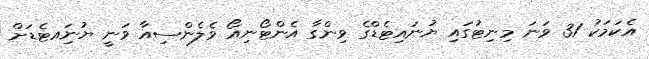
އެކަމަކު 31 ވަނަ މިނިޓުގައި ޔުނައިޓެޑްގެ ވިންގާ އެންޓޯނިއޯ ވެލެންސިއާ ވަނީ ޔުނަިއޓެޑަށް